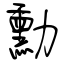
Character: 勳